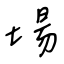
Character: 場